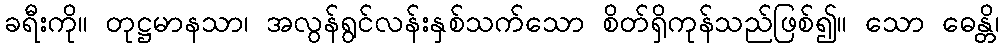
ခရီးကို။ တုဋ္ဌမာနသာ၊ အလွန်ရွင်လန်းနှစ်သက်သော စိတ်ရှိကုန်သည်ဖြစ်၍။ သော ဓေန္တိ၊